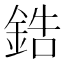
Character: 鋯